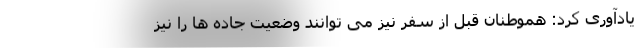
یادآوری کرد: هموطنان قبل از سفر نیز می توانند وضعیت جاده ها را نیز